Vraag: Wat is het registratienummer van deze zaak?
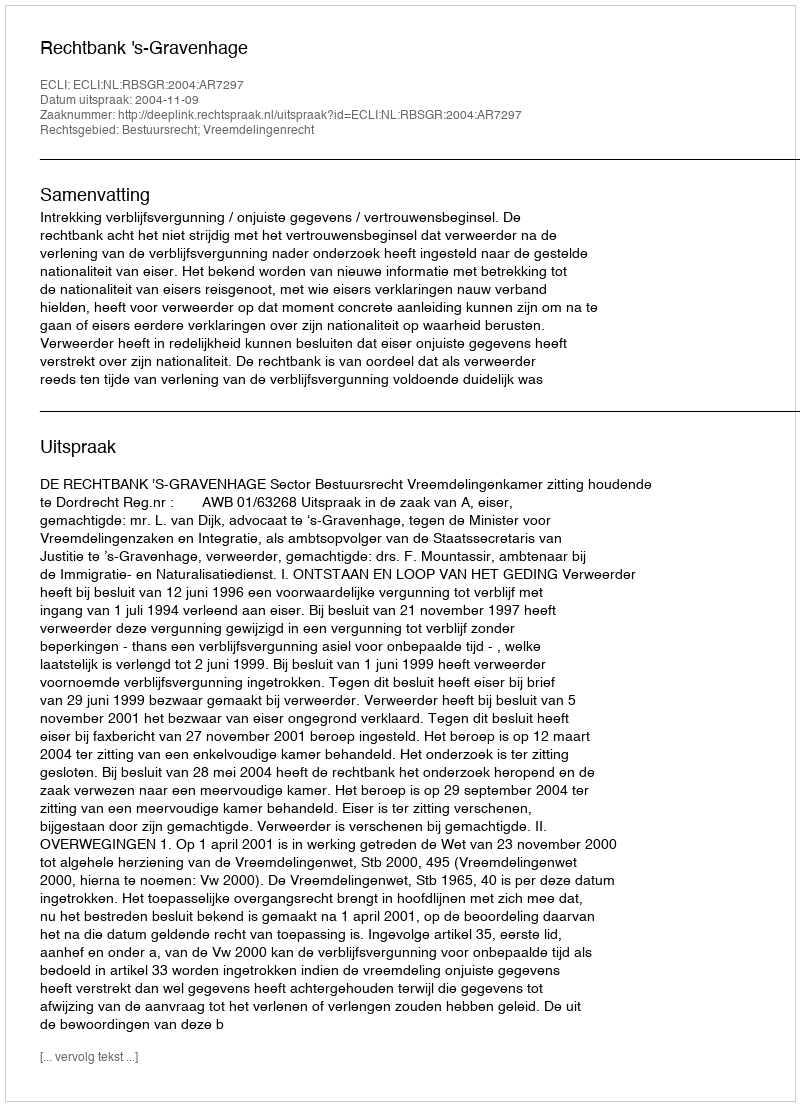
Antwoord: http://deeplink.rechtspraak.nl/uitspraak?id=ECLI:NL:RBSGR:2004:AR7297